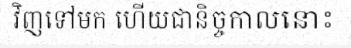
វិញទៅមក ហើយជានិច្ចកាលនោះ